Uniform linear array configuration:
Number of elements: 16
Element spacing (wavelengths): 1
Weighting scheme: binomial
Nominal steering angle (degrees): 15
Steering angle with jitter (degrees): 13.544
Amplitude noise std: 0.05
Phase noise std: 0.05

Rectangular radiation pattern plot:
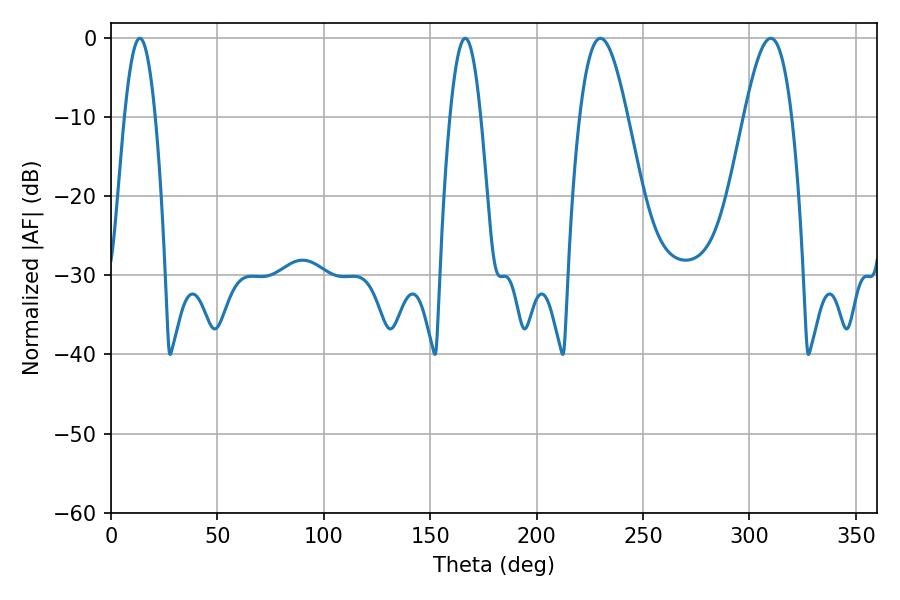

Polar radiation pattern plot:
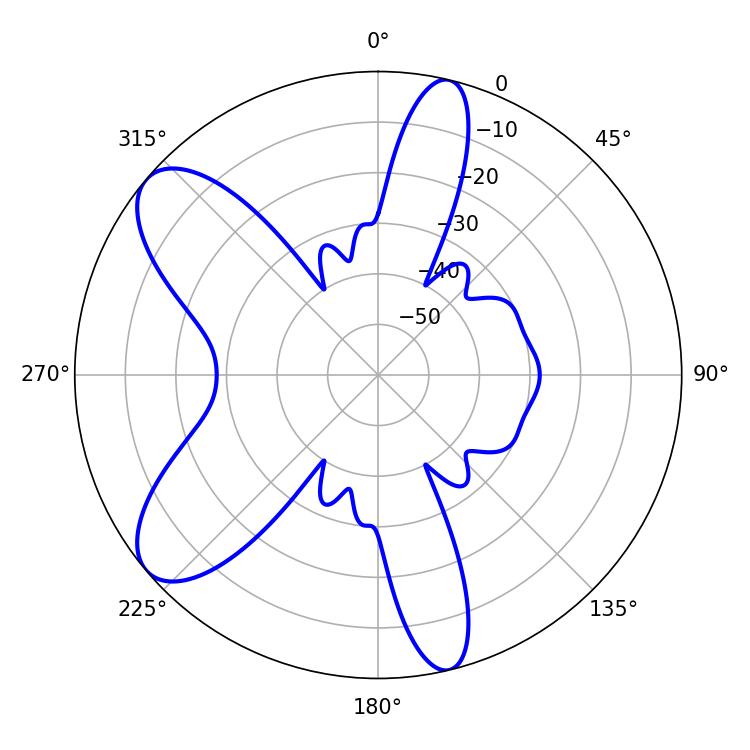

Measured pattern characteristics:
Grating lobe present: TRUE
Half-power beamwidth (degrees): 12.06
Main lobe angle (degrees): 230.04